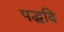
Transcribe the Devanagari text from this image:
पद्धदि